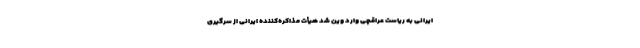
ایرانی به ریاست عراقچی وارد وین شد هیأت مذاکره‌کننده ایرانی از سرگیری